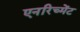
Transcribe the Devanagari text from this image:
एनरिच्मेंट